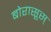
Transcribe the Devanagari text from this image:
बोरासूस्